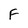
Character: F